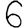
Digit: 6